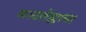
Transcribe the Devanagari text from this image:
काढलेह्याचा